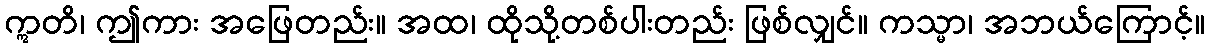
ဣတိ၊ ဤကား အဖြေတည်း။ အထ၊ ထိုသို့တစ်ပါးတည်း ဖြစ်လျှင်။ ကသ္မာ၊ အဘယ်ကြောင့်။